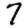
Digit: 7